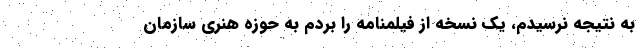
به نتیجه نرسیدم، یک نسخه از فیلمنامه را بردم به حوزه هنری سازمان